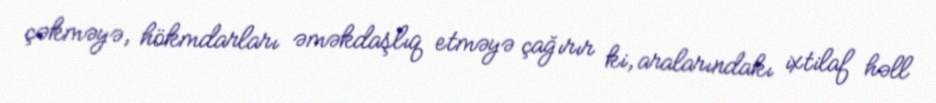
çəkməyə, hökmdarları əməkdaşlıq etməyə çağırır ki, aralarındakı ixtilaf həll